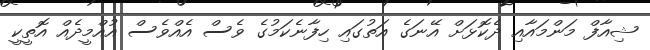
ޝިއާފް މަންމައާއި ދެކޮޅަށް އޭނަގެ އަތުގައި ހިފާނެކަމުގެ ވެސް އެއްވެސް އުއްމީދެއް އޮތީކީ